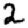
Digit: 2